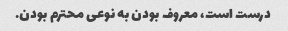
درست است، معروف بودن به نوعی محترم بودن.